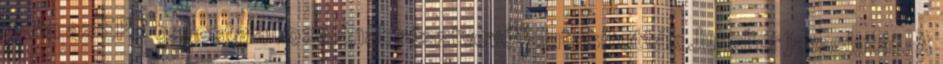
vitán az EPP csúcstalálkozójának résztvevői elutasították Juncker javaslatát. A